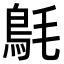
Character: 𩿘